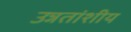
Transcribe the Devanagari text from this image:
उन्नतांशीय